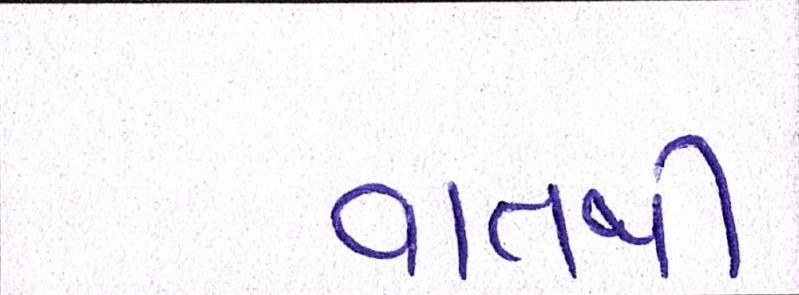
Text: વાતથી